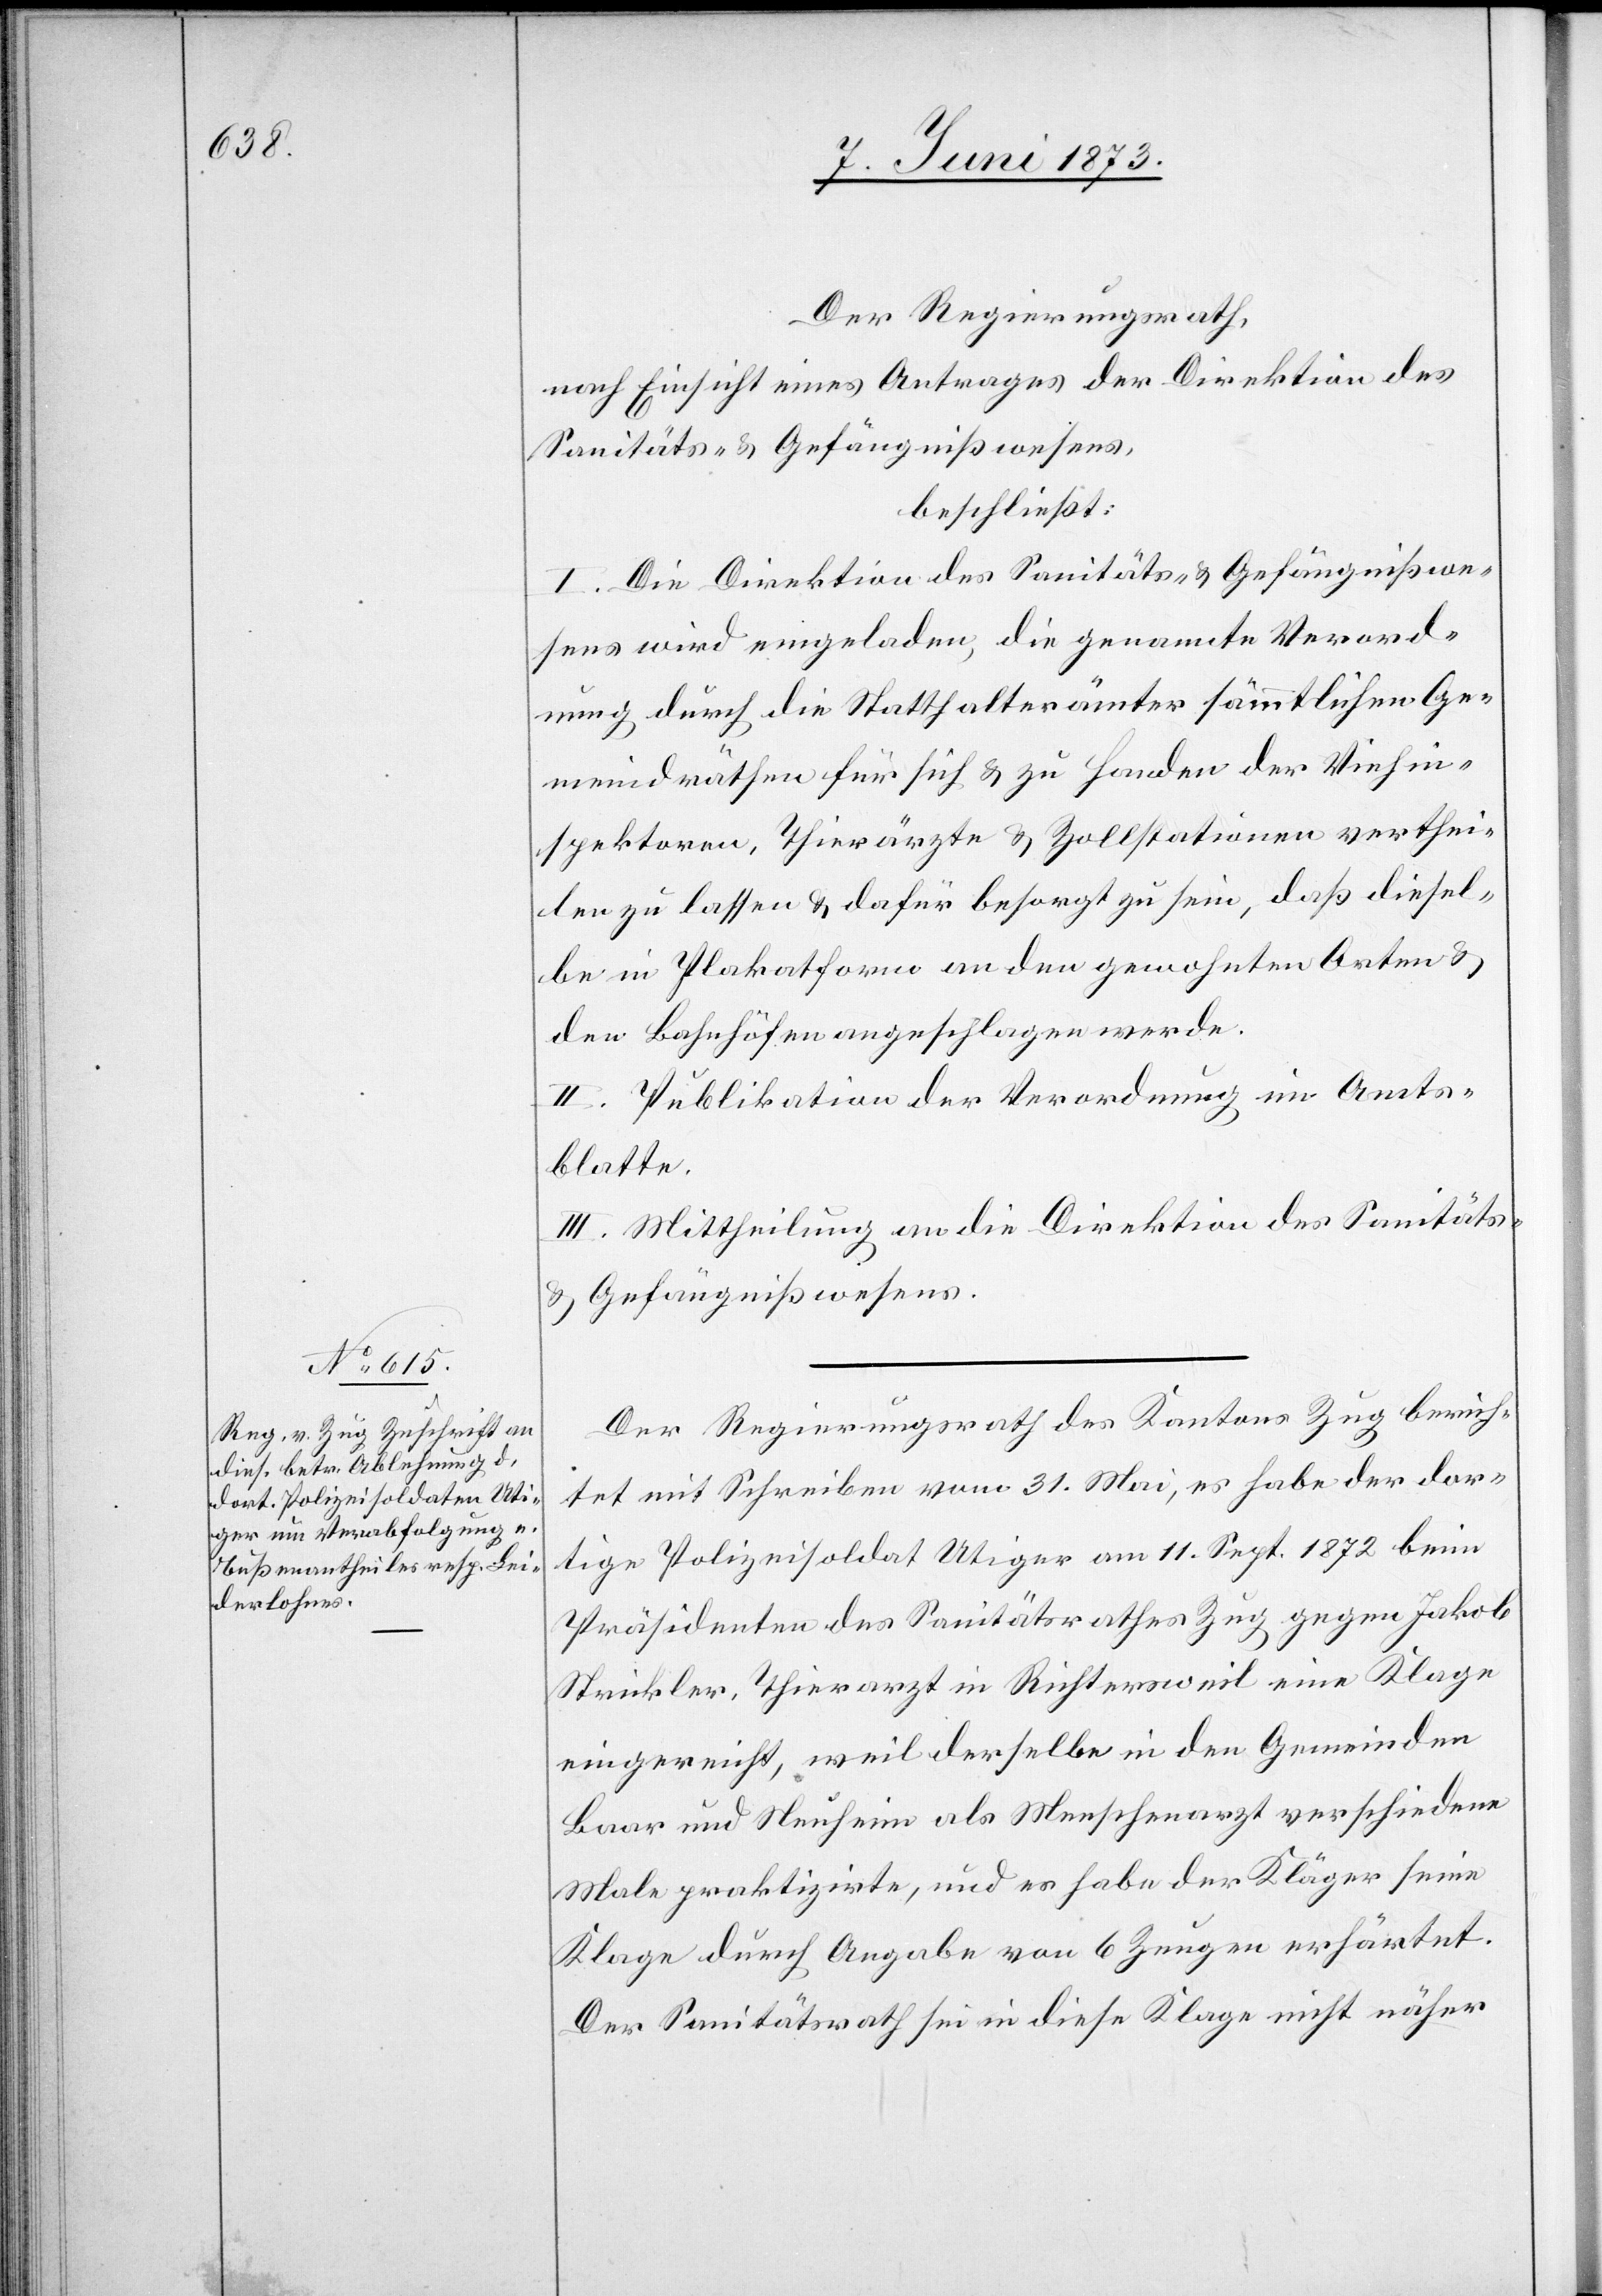
Der Regierungsrath,
nach Einsicht eines Antrages der Direktion des
Sanitäts- & Gefängnißwesens,
beschließt:
I. Die Direktion des Sanitäts- & Gefängnißwe¬
sens wird eingeladen, die genannte Verord¬
nung durch die Statthalterämter sämmtlichen Ge¬
meindräthen für sich & zu Handen der Viehin¬
spektoren, Thierärzte & Zollstationen verthei¬
len zu lassen & dafür besorgt zu sein, daß diesel¬
be in Plakatform an den gewohnten Orten &
den Bahnhöfen angeschlagen werde.
II. Publikation der Verordnung im Amts¬
blatte.
III. Mittheilung an die Direktion des Sanitäts-
& Gefängnißwesens.
Der Regierungsrath des Kantons Zug berich¬
tet mit Schreiben vom 31. Mai, es habe der dor¬
tige Polizeisoldat Utiger am 11. Sept. 1872 beim
Präsidenten des Sanitätsrathes Zug gegen Jakob
Stickler, Thierarzt in Richtersweil eine Klage
eingereicht, weil derselbe in den Gemeinden
Baar und Neuheim als Menschenarzt verschiedene
Male praktizirte, und es habe der Kläger seine
Klage durch Angabe von 6 Zeugen erhärtet.
Der Sanitätsrath sei in diese Klage nicht näher